Lunatic asylums Central Provinces reports 1874-1885 - 1874-1885
Year: 1874
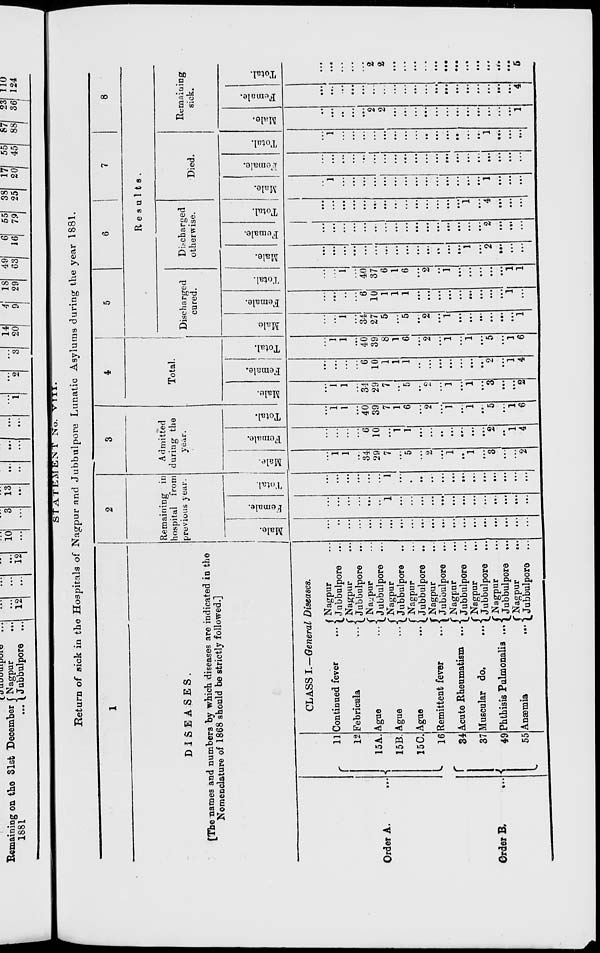
STATEMENT No. VIII.
Return of sick in the Hospitals of Nagpur and Jubbulpore Lunatic Asylums during the year 1881.
1
DISEASES.
[The names and numbers by which diseases are indicated in the
Nomenclature of 1868 should be strictly followed.]
Order A. ...
Order
B.
...
11
12
15A.
15B.
15C.
16
34
37
49
55
CLASS I.—-General Diseases.
Continued fever
...
Febricula
...
Ague
...
Ague
...
Ague
...
Remittent fever
...
Acute Rheumatism ...
Muscular do.
...
Phthisis Pulmonalis ...
Anæmia
...
Nagpur ...
Jubbulpore ...
Nagpur ...
Jubbulpore ...
Nagpur ...
Jubbulpore ...
Nagpur ...
Jubbulpore ...
Nagpur ...
Jubbulpore ...
Nagpur ...
Jubbulpore ...
Nagpur ...
Jubbulpore ...
Nagpur
...
Jubbulpore ...
Nagpur ...
Jubbulpore ...
Nagpur
...
Jubbulpore ...
2
Remaining in
hospital from
previous year.
Male.
...
...
...
...
...
...
...
...
...
...
...
...
...
...
...
...
...
...
...
...
Female.
...
...
...
...
...
...
...
...
...
...
...
...
...
...
...
...
...
...
...
...
Total.
...
...
...
...
...
...
...
...
...
...
...
...
...
...
...
...
...
...
...
...
3
Admitted
during the
year.
Male.
...
1
1
...
34
29
7
...
5
...
2
...
1
...
1
...
3
...
...
2
Female.
...
...
...
...
6
10
...
1
1
...
...
...
...
...
...
...
2
...
1
4
Total.
...
1
1
...
40
39
7
1
6
...
2
...
1
...
1
...
5
...
1
6
4
Total.
Male.
...
1
1
...
34
29
7
...
5
...
2
...
1
...
1
...
3
...
...
2
Female.
...
...
...
...
6
10
1
1
1
...
...
...
...
...
...
...
2
...
1
4
Total.
...
1
1
...
40
39
8
1
6
...
2
...
1
...
1
...
5
...
1
6
5
6
7
8
Results.
Discharged
cured.
Male
...
...
1
...
34
27
5
...
5
...
2
...
1
...
...
...
...
...
...
1
Female.
...
...
...
...
6
10
1
1
1
...
...
...
...
...
...
...
...
...
1
...
Total.
...
...
1
...
40
37
6
1
6
...
2
...
1
...
...
...
...
...
1
1
Discharged
otherwise.
Male.
...
...
...
...
...
...
...
...
...
...
...
...
...
...
1
...
2
...
...
...
Female.
...
...
...
...
...
...
...
...
...
...
...
...
...
...
...
...
2
...
...
...
Total.
...
...
...
...
...
...
...
...
...
...
...
...
...
...
1
...
4
...
...
...
Died.
Male.
...
1
...
...
...
...
...
...
...
...
...
...
...
...
...
...
1
...
...
...
Female.
...
...
...
...
...
...
...
...
...
...
...
...
...
...
...
...
...
...
...
...
Total.
...
1
...
...
...
...
...
...
...
...
...
...
...
...
...
...
1
...
...
...
Remaining
sick.
Male.
...
...
...
...
...
2
2
...
...
...
...
...
...
...
...
...
...
...
...
1
Female.
...
...
...
...
...
...
...
...
...
...
...
...
...
...
...
...
...
...
...
4
Total.
...
...
...
...
...
2
2
...
...
...
...
...
...
...
...
...
...
...
...
5